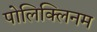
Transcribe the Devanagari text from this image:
पोलिक्लिनम